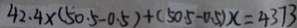
4 2 . 4 \times ( 5 0 . 5 - 0 . 5 ) + ( 5 0 . 5 - 0 . 5 ) x = 4 3 7 3